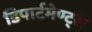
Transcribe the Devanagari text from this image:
डिपार्टमेण्ट्स